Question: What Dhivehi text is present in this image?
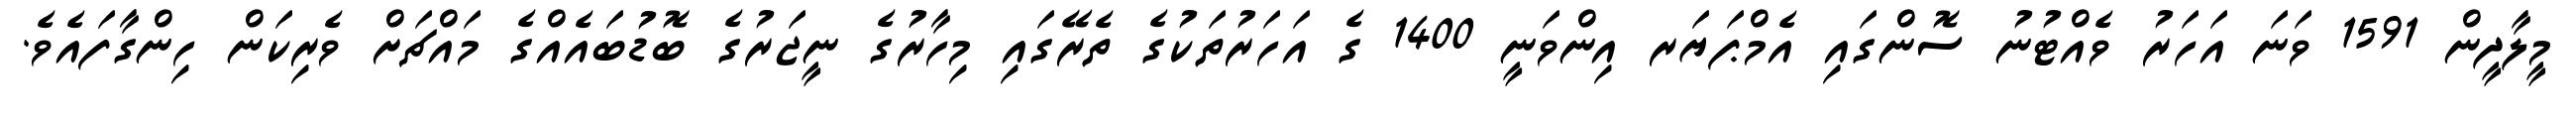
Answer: މީލާދީން 1591 ވަނަ އަހަރު ވެއްޓުނު ސޮންގައި އެމްޕަޔަރ އިންވަނީ 1400 ގެ އަހަރުތަކުގެ ތެރޭގައި މިހާރުގެ ނީޖަރުގެ ބޮޑުބައެއްގެ މައްޗަށް ވެރިކަން ހިންގާފައެވެ.